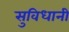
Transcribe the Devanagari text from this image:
सुविधानी